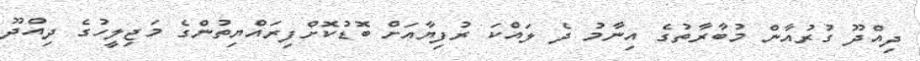
ދިއްދޫ ގުރުއާން މުބާރާތުގެ އިނާމު ދެ ލައްކަ ރުފިޔާއަށް ބޮޑުކޮށްފިރައްޔިތުންގެ މަޖިލީހުގެ ދިއްދޫ